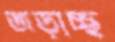
জড়াচ্ছ